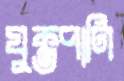
যুক্তপাণি